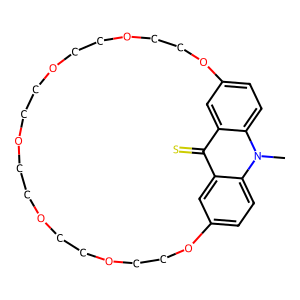
SMILES: Cn1c2ccc3cc2c(=S)c2cc(ccc21)OCCOCCOCCOCCOCCOCCO3
Inhibits HIV replication: No